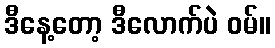
ဒီနေ့တော့ ဒီလောက်ပဲ ဝမ်။